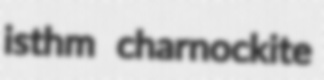
isthm charnockite